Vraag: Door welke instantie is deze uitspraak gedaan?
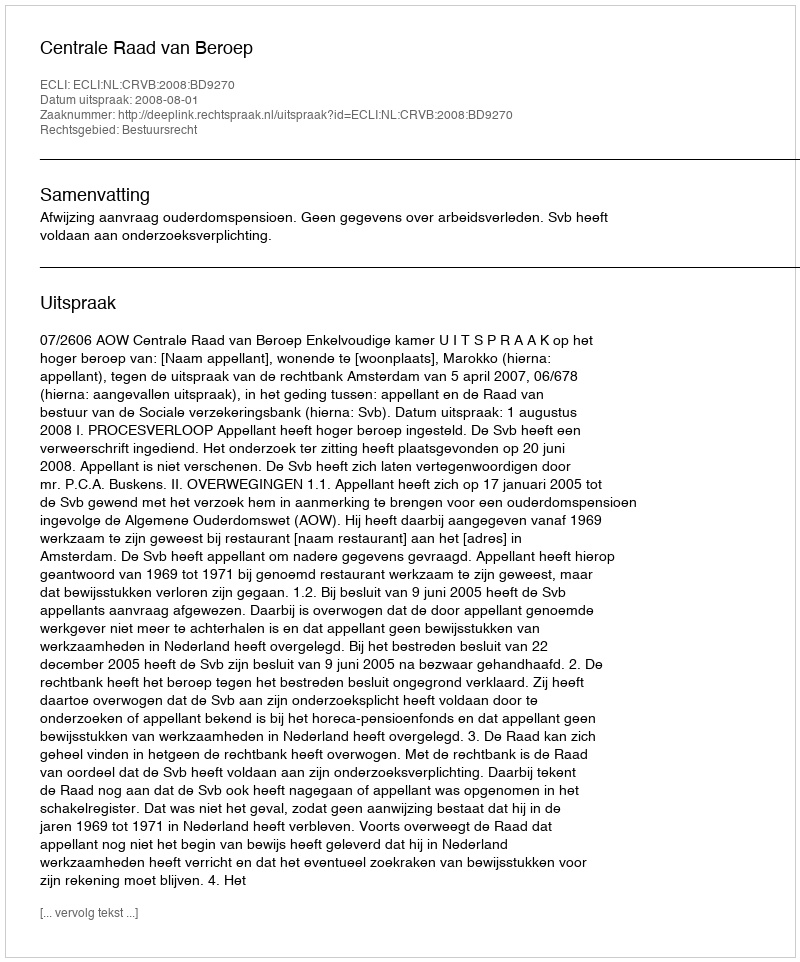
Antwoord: Centrale Raad van Beroep